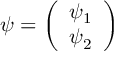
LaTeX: \psi = \left( \begin{array} { c } { { \psi _ { 1 } } } \\ { { \psi _ { 2 } } } \end{array} \right)